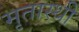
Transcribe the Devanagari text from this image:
मृतास्थी